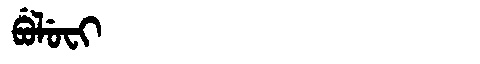
Manchu: ᠪᡠᠯᡠᠸᡳ
Romanization: BULUFI